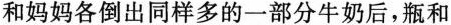
和妈妈各倒出同样多的一部分牛奶后，瓶和